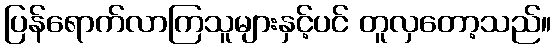
ပြန်ရောက်လာကြသူများနှင့်ပင် တူလှတော့သည်။